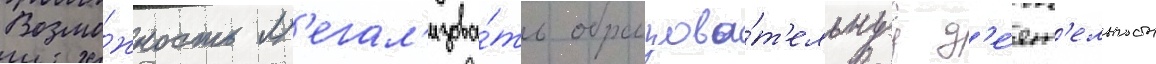
Возмо́жность л'егал'изова́ть образова́т'ельнуу д'е́ят'ельность